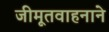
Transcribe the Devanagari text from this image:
जीमूतवाहनाने